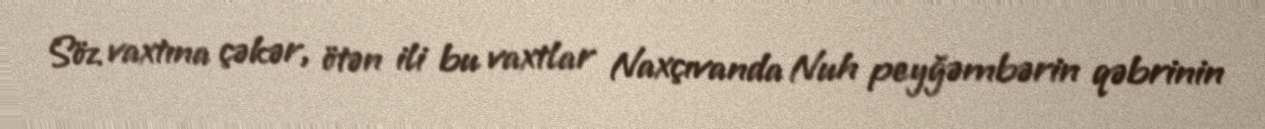
Söz vaxtına çəkər, ötən ili bu vaxtlar Naxçıvanda Nuh peyğəmbərin qəbrinin